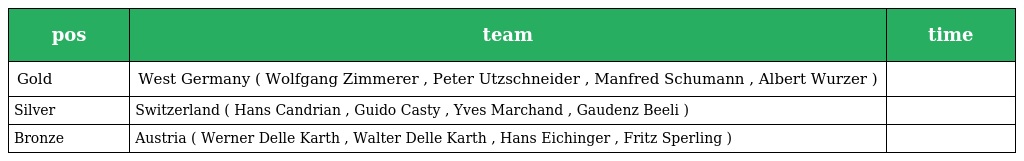
| pos | team | time |
 | --- | --- | --- |
 | Gold | West Germany ( Wolfgang Zimmerer , Peter Utzschneider , Manfred Schumann , Albert Wurzer ) |  |
 | Silver | Switzerland ( Hans Candrian , Guido Casty , Yves Marchand , Gaudenz Beeli ) |  |
 | Bronze | Austria ( Werner Delle Karth , Walter Delle Karth , Hans Eichinger , Fritz Sperling ) |  |